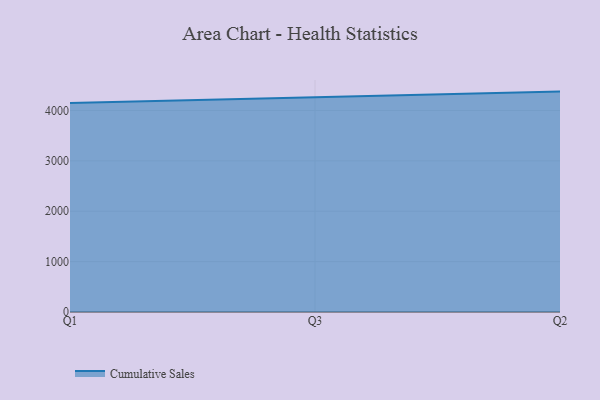
{"axis": {"x": "Quarter", "y": "Revenue (USD Million)"}, "legend": ["Cumulative Sales"], "data": [{"x": "Q1", "y": 4148.0, "type": "Cumulative Sales"}, {"x": "Q3", "y": 4268.4, "type": "Cumulative Sales"}, {"x": "Q2", "y": 4374.6, "type": "Cumulative Sales"}]}